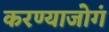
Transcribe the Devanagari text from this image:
करण्याजोगं